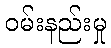
ဝမ်းနည်းမှု